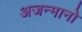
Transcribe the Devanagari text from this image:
अजन्मानो